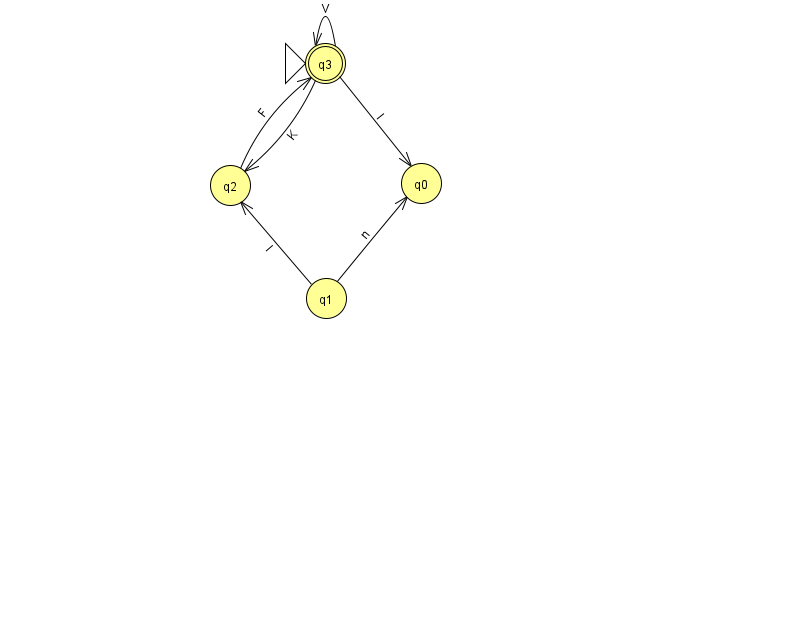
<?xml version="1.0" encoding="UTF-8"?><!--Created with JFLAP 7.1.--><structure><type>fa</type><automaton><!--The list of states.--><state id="0" name="q0"><x>421.0</x><y>170.0</y></state><state id="1" name="q1"><x>326.0</x><y>285.0</y></state><state id="2" name="q2"><x>230.0</x><y>172.0</y></state><state id="3" name="q3"><x>325.0</x><y>50.0</y><initial/><final/></state><!--The list of transitions.--><transition><from>3</from><to>2</to><read>K</read></transition><transition><from>3</from><to>3</to><read>V</read></transition><transition><from>3</from><to>0</to><read>l</read></transition><transition><from>2</from><to>3</to><read>F</read></transition><transition><from>1</from><to>0</to><read>n</read></transition><transition><from>1</from><to>2</to><read>I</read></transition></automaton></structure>